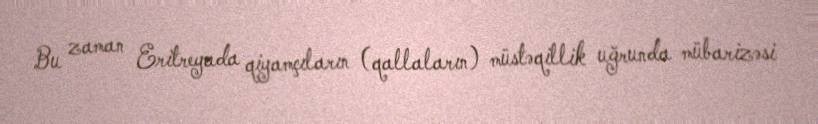
Bu zaman Eritreyada qiyamçıların (qallaların) müstəqillik uğrunda mübarizəsi